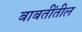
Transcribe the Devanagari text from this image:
बाबतींतील